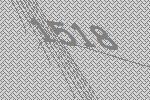
1518